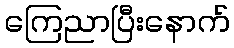
ကြေညာပြီးနောက်